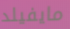
مايفيلد